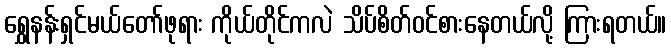
ရွှေနန်းရှင်မယ်တော်ဖုရား ကိုယ်တိုင်ကလဲ သိပ်စိတ်ဝင်စားနေတယ်လို့ ကြားရတယ်။